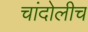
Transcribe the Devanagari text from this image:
चांदोलीच